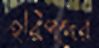
হরিপদের